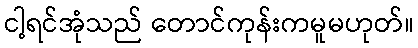
ငါ့ရင်အုံသည် တောင်ကုန်းကမူမဟုတ်။